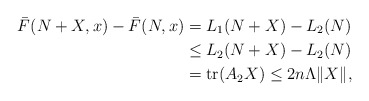
\begin{align*}\bar{F}(N+X,x) -\bar{F}(N,x) = {} & L_1(N+X) - L_2(N) \\\le {} & L_2(N+X) - L_2(N) \\= {} & \textrm{tr}(A_2 X)\le 2n \Lambda \| X \|,\end{align*}